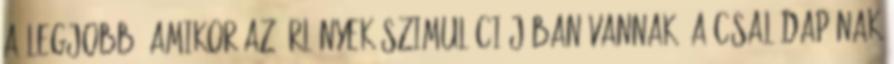
a legjobb, amikor az űrlények szimulációjában vannak: a családapának